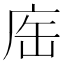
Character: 𢈊